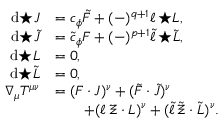
\begin{array} { r l } { \mathrm { d } { \star J } } & { = c _ { \phi } \tilde { F } + ( - ) ^ { q + 1 } \ell \, { \star L } , } \\ { \mathrm { d } { \star \tilde { J } } } & { = \tilde { c } _ { \phi } F + ( - ) ^ { p + 1 } \tilde { \ell } \, { \star \tilde { L } } , } \\ { \mathrm { d } { \star L } } & { = 0 , } \\ { \mathrm { d } { \star \tilde { L } } } & { = 0 , } \\ { \nabla _ { \mu } T ^ { \mu \nu } } & { = ( F \cdot J ) ^ { \nu } + ( \tilde { F } \cdot \tilde { J } ) ^ { \nu } } \\ & { \qquad + ( \ell \, \Xi \cdot L ) ^ { \nu } + ( \tilde { \ell } \, \tilde { \Xi } \cdot \tilde { L } ) ^ { \nu } . } \end{array}